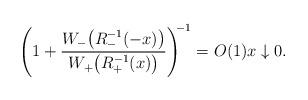
LaTeX: \begin{align*}\left( 1 + \frac{W_-\bigl(R_-^{-1}(-x)\bigr)}{W_+\bigl(R_+^{-1}(x)\bigr)} \right)^{\!\!-1} = O(1) x\downarrow 0.\end{align*}